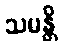
သမန္တိ